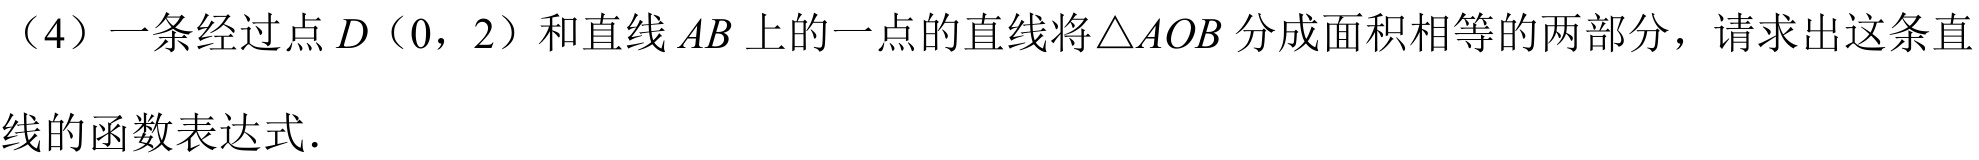
（4）一条经过点\(D(0, 2)\)和直线\(AB\)上的一点的直线将\(\triangle AOB\)分成面积相等的两部分，请求出这条直
线的函数表达式.